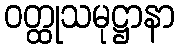
ဝတ္ထုသမုဋ္ဌာနာ